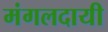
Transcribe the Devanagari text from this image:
मंगलदायी